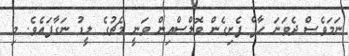
ނަމަވެސް ދެވަނަ ހާފް ފެށިގެން ވޮލްސްއިން ވަނީ މެޗުގެ ލީޑު ނަގާފައެވެ. މި